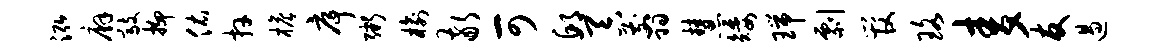
泓廨敲抑佑卉檐序粥榆敬可邱吞翦慧矮瑞剽管珞麦友遏